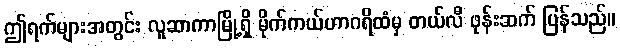
ဤရက်များအတွင်း လူဆာကာမြို့ရှိ မိုက်ကယ်ဟာဂရိထံမှ တယ်လီ ဖုန်းဆက် ပြန်သည်။